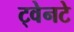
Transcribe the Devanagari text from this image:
ट्वेनटे